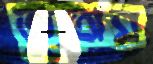
জুতোর